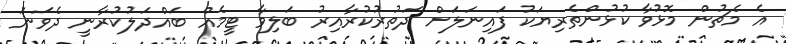
އެ މެޗުން މޮޅުވާ ކުޅުންތެރިޔަކު ފައިނަލަށް ދަތުރުކުރާއިރު ބަލިވާ ޓީމެއް ބައްދަލުކުރާނީ ދެވަނަ